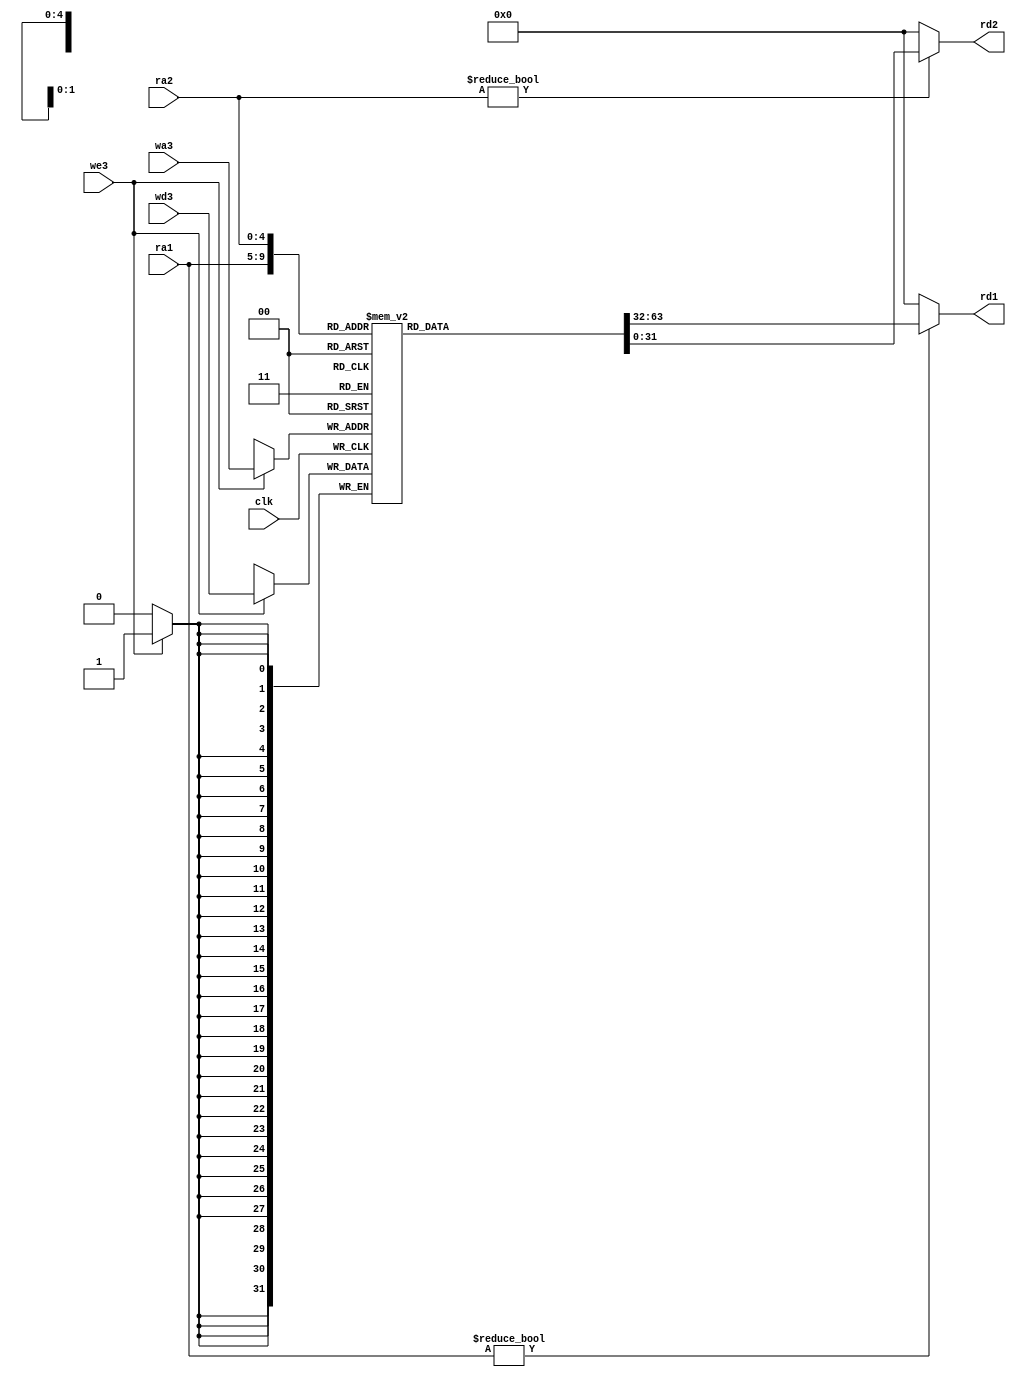
// 
module regfile(input clk,
               input we3,
               input [4:0] ra1,
               input [4:0] ra2,
               input [4:0] wa3,
               input [31:0] wd3,
               output [31:0] rd1,
               output [31:0] rd2);
    
    reg [31:0] rf[31:0];
    
    // three ported register file
    // read two ports combinationally
    // write third port on rising edge of clock
    // register 0 hardwired to 0
    
    always @(posedge clk)
        if (we3) rf[wa3] <= wd3;
    
    assign rd1 = (ra1 != 0) ? rf[ra1] : 0;
    assign rd2 = (ra2 != 0) ? rf[ra2] : 0;
endmodule
    
// 
module adder(
    input [31:0] a,
    input [31:0] b,
    output [31:0] y);
    
    assign y = a + b;
endmodule

// 
module sl1(input  [31:0] a,
           output [31:0] y);
    
    // shift left by 2
    assign y = {a[30:0], 1'b0};
endmodule

// 12
module signext12(input  [11:0] a,
                 output [31:0] y);

    assign y = {{20{a[11]}}, a};
endmodule
    
// 20
module signext20(input  [19:0] a,
                 output [31:0] y);

    assign y = {{12{a[19]}}, a};
endmodule
    
module flopr #(parameter WIDTH = 8)
    (input clk,
     input reset,
     input      [WIDTH-1:0] d,
     output reg [WIDTH-1:0] q);
    
    always @(posedge clk, posedge reset) begin
        if (reset) q <= 0;
        else       q <= d;
    end
endmodule
        
module mux2 #(parameter WIDTH = 8)
    (input  [WIDTH-1:0] d0,
     input  [WIDTH-1:0] d1,
     input              s,
     output [WIDTH-1:0] y);
    
    assign y = s ? d1 : d0;
endmodule